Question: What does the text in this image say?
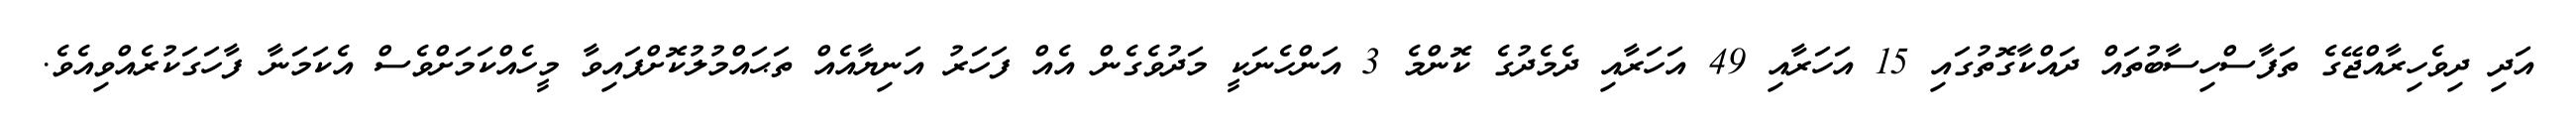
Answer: އަދި ދިވެހިރާއްޖޭގެ ތަފާސްހިސާބުތައް ދައްކާގޮތުގައި 15 އަހަރާއި 49 އަހަރާއި ދެމެދުގެ ކޮންމެ 3 އަންހެނަކީ މަދުވެގެން އެއް ފަހަރު އަނިޔާއެއް ތަޙައްމުލުކޮށްފައިވާ މީހެއްކަމަށްވެސް އެކަމަނާ ފާހަގަކުރެއްވިއެވެ.